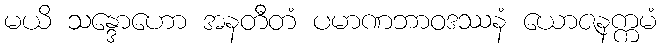
မယိ သန္ဒောဟော အနတီတံ ပမာဏဘာဝဒဿနံ ယောဇနက္ကမံ